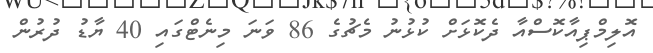
އޮލިމްޕިއާކޮސްއާާ ދެކޮޅަށް ކުޅުނު މެޗުގެ 86 ވަނަ މިނެޓްގައި 40 ޔާޑު ދުރުން